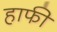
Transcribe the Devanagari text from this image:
हाफी